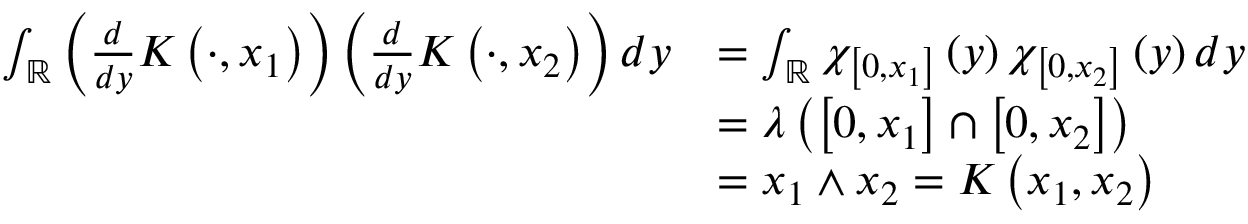
\begin{array} { r l } { \int _ { \mathbb { R } } \left( \frac { d } { d y } K \left( \cdot , x _ { 1 } \right) \right) \left( \frac { d } { d y } K \left( \cdot , x _ { 2 } \right) \right) d y } & { = \int _ { \mathbb { R } } \chi _ { \left[ 0 , x _ { 1 } \right] } \left( y \right) \chi _ { \left[ 0 , x _ { 2 } \right] } \left( y \right) d y } \\ & { = \lambda \left( \left[ 0 , x _ { 1 } \right] \cap \left[ 0 , x _ { 2 } \right] \right) } \\ & { = x _ { 1 } \wedge x _ { 2 } = K \left( x _ { 1 } , x _ { 2 } \right) } \end{array}